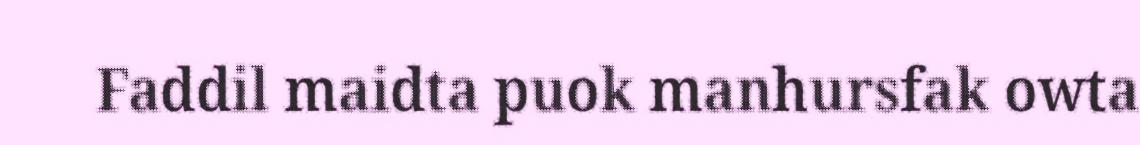
Faddil maidta puok manhursfak owta